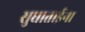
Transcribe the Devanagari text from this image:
सुधाताईना